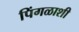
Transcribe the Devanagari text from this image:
पिंगळाशी